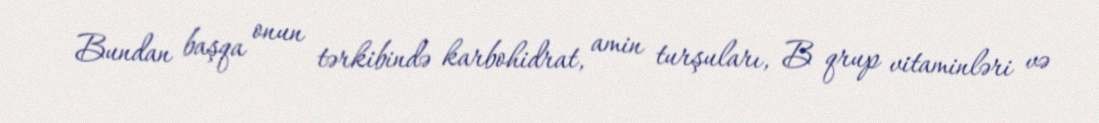
Bundan başqa onun tərkibində karbohidrat, amin turşuları, B qrup vitaminləri və